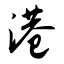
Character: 港